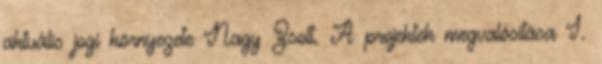
aktuális jogi környezete Nagy Zsolt. A projektek megvalósítása I.